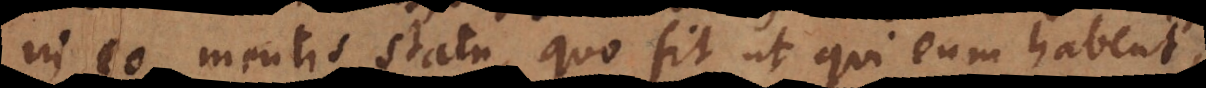
in eo mentis statu, quo fit ut qui eum habent,